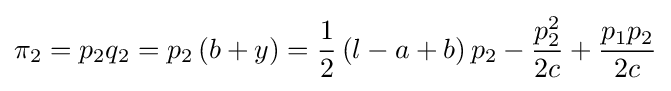
\pi _{2}=p_{2}q_{2}=p_{2}\left(b+y\right)={\frac {1}{2}}\left(l-a+b\right)p_{2}-{\frac {p_{2}^{2}}{2c}}+{\frac {p_{1}p_{2}}{2c}}